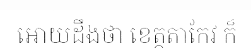
អោយដឹងថា ខេត្តតាកែវ ក៏